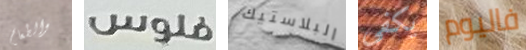
والطعام فلوس البلاستيك يكفى فاليوم